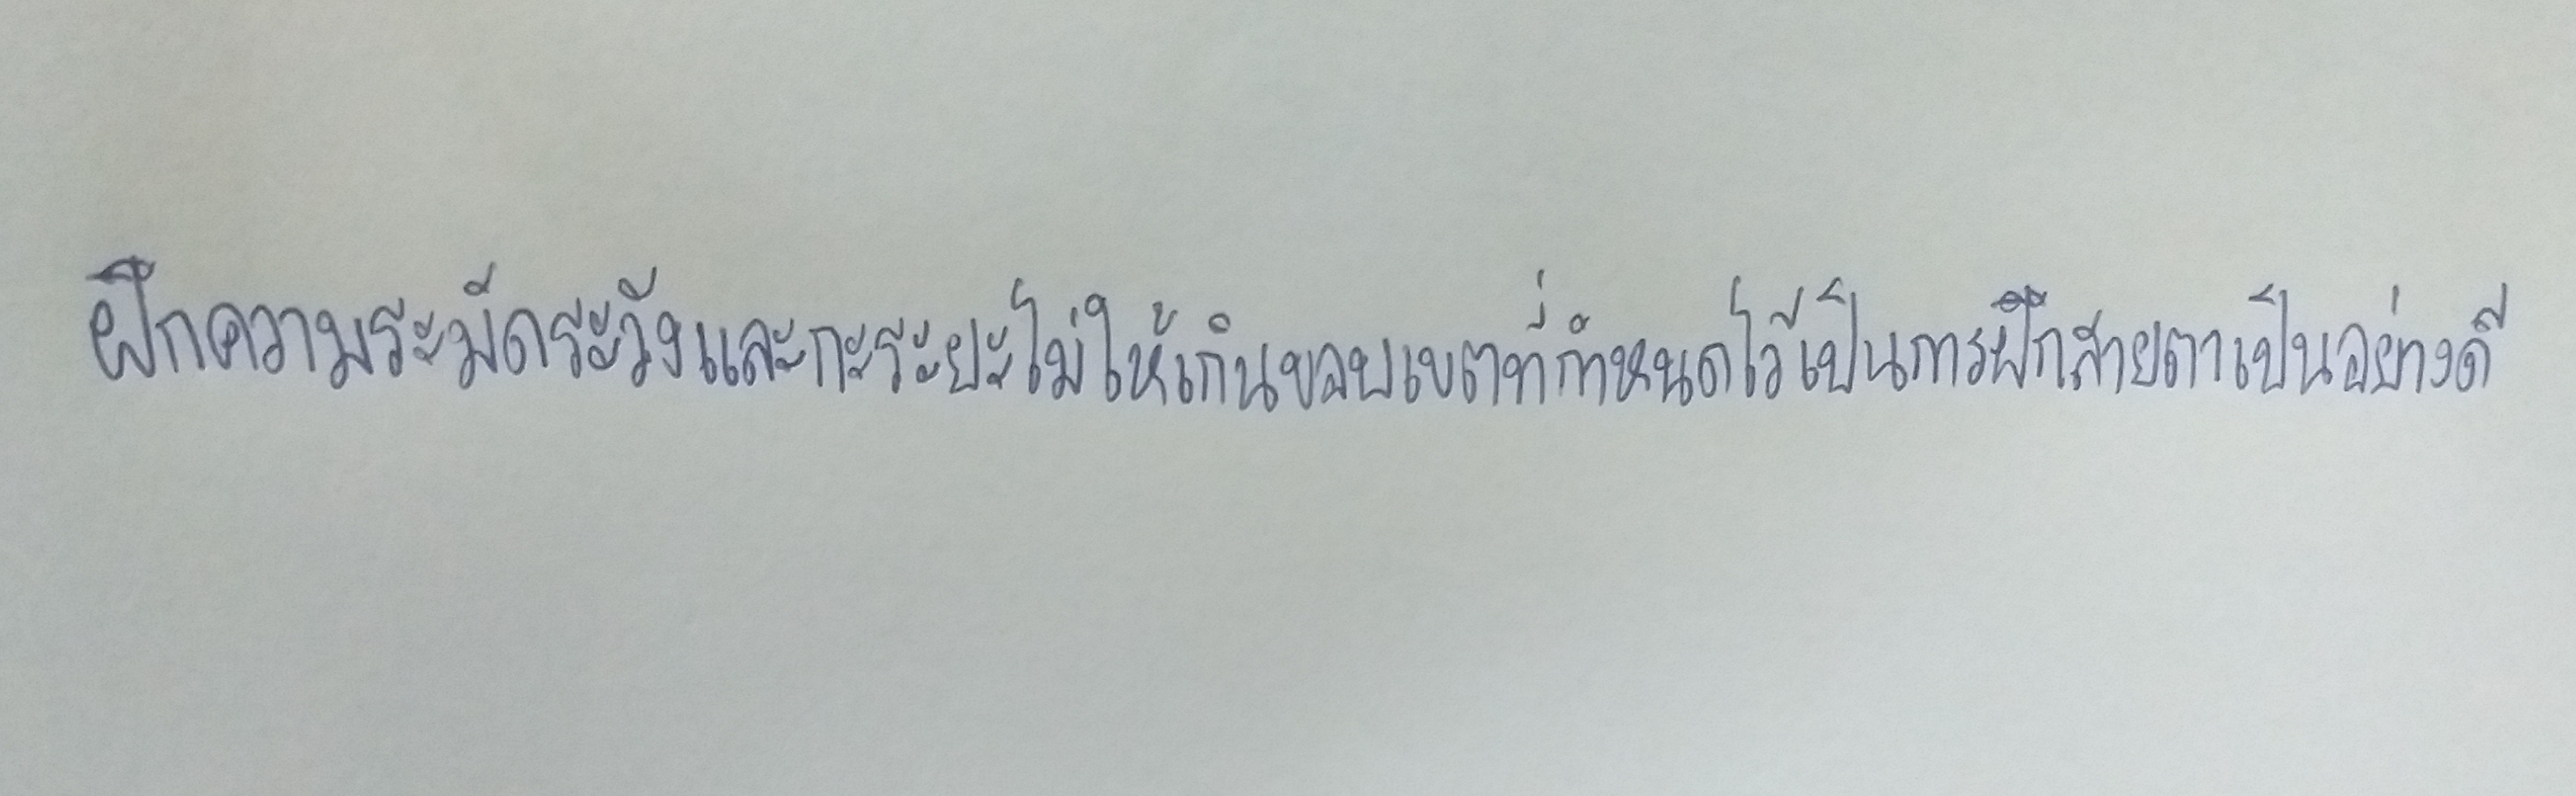
ฝึกความระมัดระวังและกะระยะไม่ให้เกินขอบเขตที่กำหนดไว้เป็นการฝึกสายตาเป็นอย่างดี